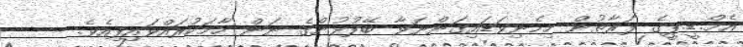
އެމް.ޑީ.ޕީގެ ފަރާތުން ހިމެނިވަޑައިގަންނަވާ ބޭފުޅުންގެ ނަން ހާމަކުރައްވައިފިއެވެ.